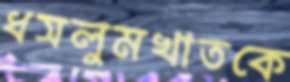
ধসলুমখাতকে